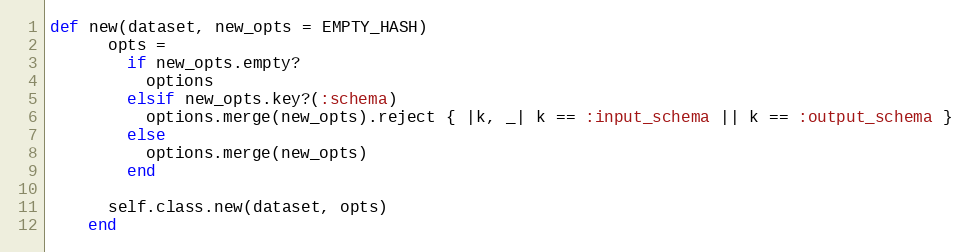
Language: Ruby
def new(dataset, new_opts = EMPTY_HASH)
      opts =
        if new_opts.empty?
          options
        elsif new_opts.key?(:schema)
          options.merge(new_opts).reject { |k, _| k == :input_schema || k == :output_schema }
        else
          options.merge(new_opts)
        end

      self.class.new(dataset, opts)
    end